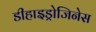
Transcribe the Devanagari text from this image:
डीहाइड्रोजिनेस